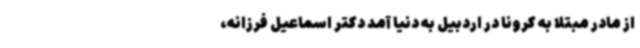
از مادر مبتلا به کرونا در اردبیل به دنیا آمد دکتر اسماعیل فرزانه،